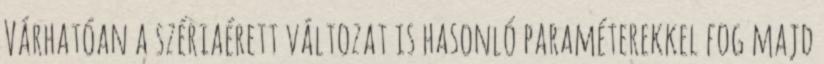
Várhatóan a szériaérett változat is hasonló paraméterekkel fog majd